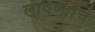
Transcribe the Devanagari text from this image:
लावण्यांचे